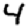
Digit: 4